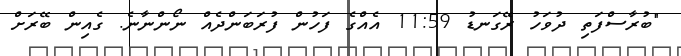
"ބުރާސްފަތި ދުވަހު ރޭގަނޑު 11:59 އެއްގެ ފަހުން ފުރަބަންދެއް ނޯންނާނެ. ގެއިން ބޭރަށް